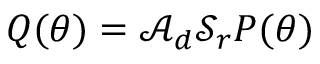
Q ( \theta ) = \mathcal A _ { d } \mathcal S _ { r } P ( \theta )